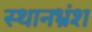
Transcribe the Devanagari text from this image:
स्थानभ्रंश